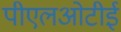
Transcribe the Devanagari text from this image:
पीएलओटीई